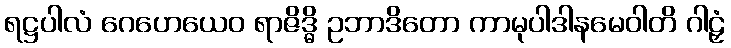
ရဋ္ဌပါလံ ဂေဟေယေဝ ရာဇိဒ္ဓိ ဥဘာဒိတော ကာမုပါဒါနမေဝါတိ ဂါဠှံ